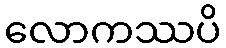
လောကဿပိ